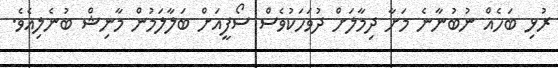
ރުޅި ބަހެއް ނުބުނާނެ މަށާ ދިމާލަށް ދުވަހަކުވެސް ސޯފީއަށް ބަލާލަމުން މާނިޝް ބުނެލިއެވެ.